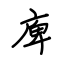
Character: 庳